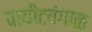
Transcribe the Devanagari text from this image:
वायीटवंगाळ